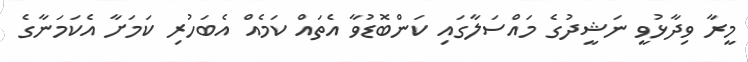
މީރާ ވިދާޅުވީ ނަޝީދުގެ މައްސަލާގައި ކަންބޮޑުވާ އެތައް ކަމެއް އެބަހުރި ކަމަށާ އެކަމަނާގެ